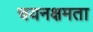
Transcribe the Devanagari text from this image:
चयनक्षमता